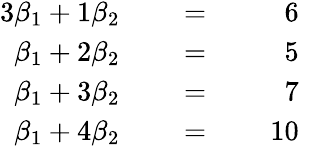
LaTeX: \begin{array}{rlrlrl}{{3}\beta_{1}+1\beta_{2}}&{{}}&{\; =\; }&{{}}&{6}&{{}}\\ {\beta_{1}+2\beta_{2}}&{{}}&{\; =\; }&{{}}&{5}&{{}}\\ {\beta_{1}+3\beta_{2}}&{{}}&{\; =\; }&{{}}&{7}&{{}}\\ {\beta_{1}+4\beta_{2}}&{{}}&{\; =\; }&{{}}&{10}&{{}}\end{array}